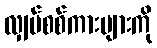
လျှပ်စစ်ကားများကို